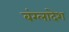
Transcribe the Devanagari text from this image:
बंग्‍लादेश